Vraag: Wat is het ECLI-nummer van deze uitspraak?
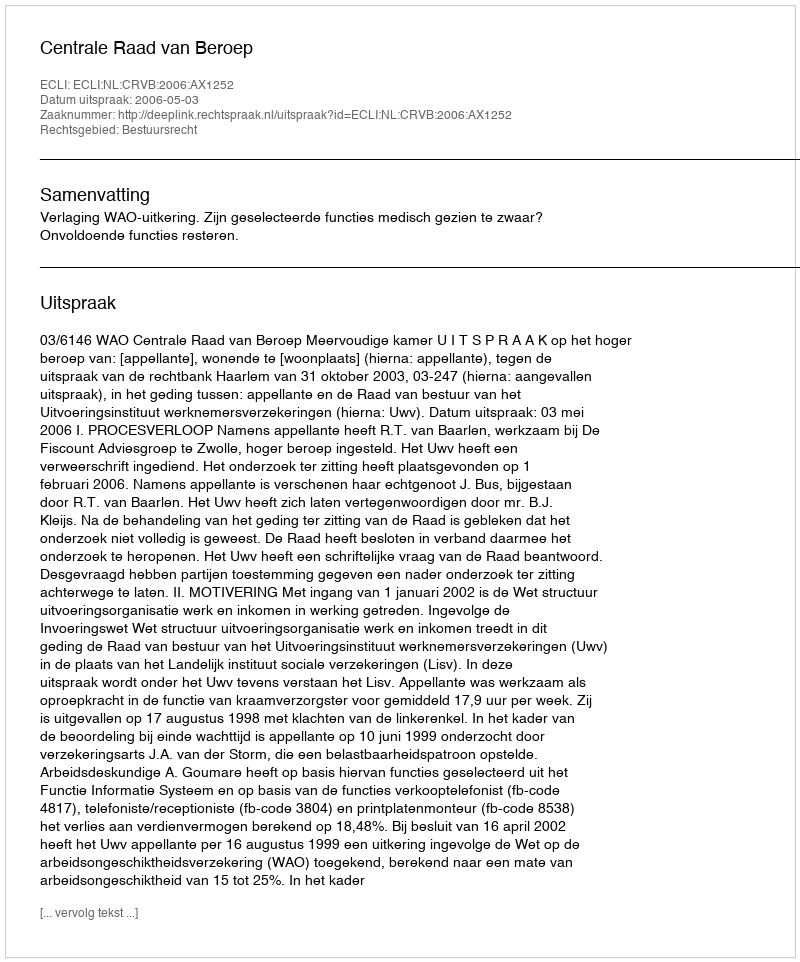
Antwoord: ECLI:NL:CRVB:2006:AX1252